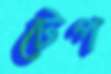
টেপ